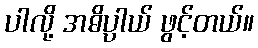
ပါလို့ အဓိပ္ပာယ် ဖွင့်တယ်။